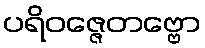
ပရိဝဇ္ဇေတဗ္ဗော